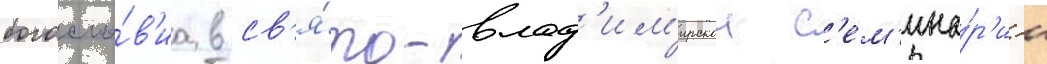
богосло́в'иа в св'я́то-влад'им'ирскои с'ем'ина́р'ии